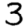
Digit: 3